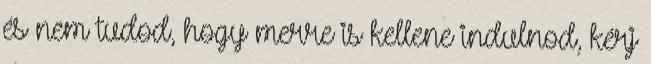
és nem tudod, hogy merre is kellene indulnod, kérj